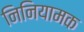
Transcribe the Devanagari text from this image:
निनियामक